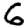
Digit: 6